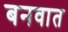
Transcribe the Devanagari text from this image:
बनवात